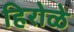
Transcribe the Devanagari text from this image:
हिरोळे